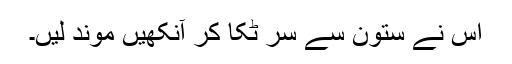
اس نے ستون سے سر ٹکا کر آنکھیں موند لیں۔